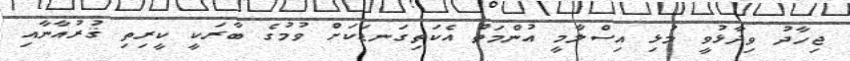
ޖިހާދު ވިދާޅުވީ މުޅި އިސްލާމީ އުންމަތް އެކަތިގަނޑަކަށް ވުމުގެ ބާރަކީ ކީރިތި ޤުރުއާނާއި